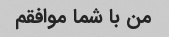
من با شما موافقم